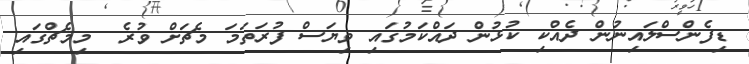
ޑިފެންސްލައިނުން ދެއްކި ކުޅުން ދައްކަމުގައި ވިޔަސް ފުރަތަމަ މެޗަށް ވުރެ  މިމެޗްގައި